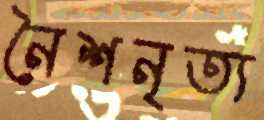
নৈশনৃত্য